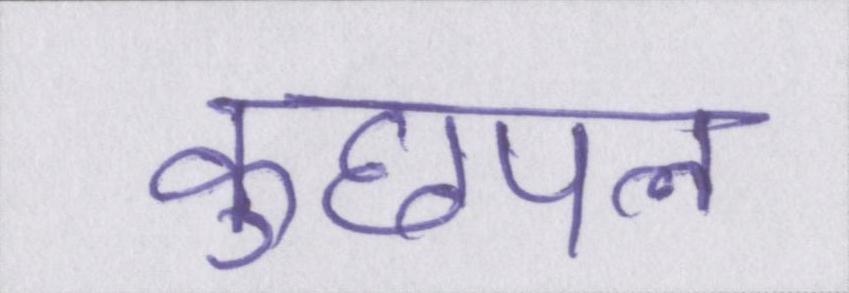
कुछपल